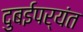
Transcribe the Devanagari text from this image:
दुबईपर्यंत